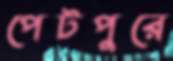
পেটপুরে